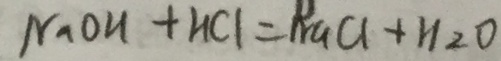
N a O H + H C l = N a C l + H _ { 2 } O